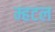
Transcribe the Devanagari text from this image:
म्हटल